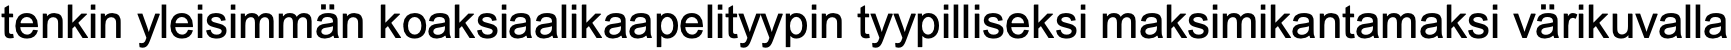
tenkin yleisimmän koaksiaalikaapelityypin tyypilliseksi maksimikantamaksi värikuvalla